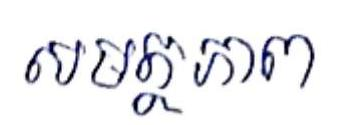
សមត្ថភាព